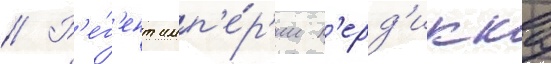
// Р'е́г'ент имп'е́р'ии п'ерд'икка